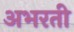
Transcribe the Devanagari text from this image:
अभरती